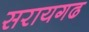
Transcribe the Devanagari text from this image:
सरायगढ